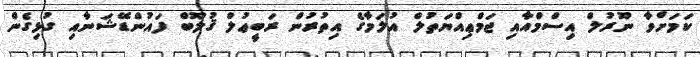
ކަމަށްވާ ނޫރުލް އިސްމްއާއި ޖަމްޢިއްޔަތުލް އުލަމާގެ އިތުރުން ރަބީޢުލް ޤުލޫބް ފައުންޑޭޝަނާއި ގުޅިގެން